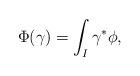
LaTeX: \begin{gather*}\Phi(\gamma)=\int_I \gamma^*\phi,\end{gather*}